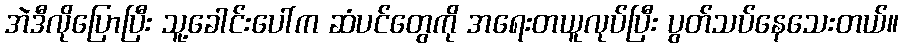
အဲဒီလိုပြောပြီး သူ့ခေါင်းပေါ်က ဆံပင်တွေကို အရေးတယူလုပ်ပြီး ပွတ်သပ်နေသေးတယ်။